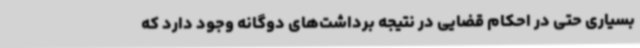
بسیاری حتی در احکام قضایی در نتیجه برداشت‌های دوگانه وجود دارد که